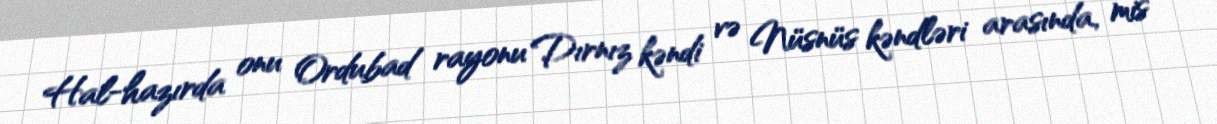
Hal-hazırda onu Ordubad rayonu Dırnız kəndi və Nüsnüs kəndləri arasında, mis